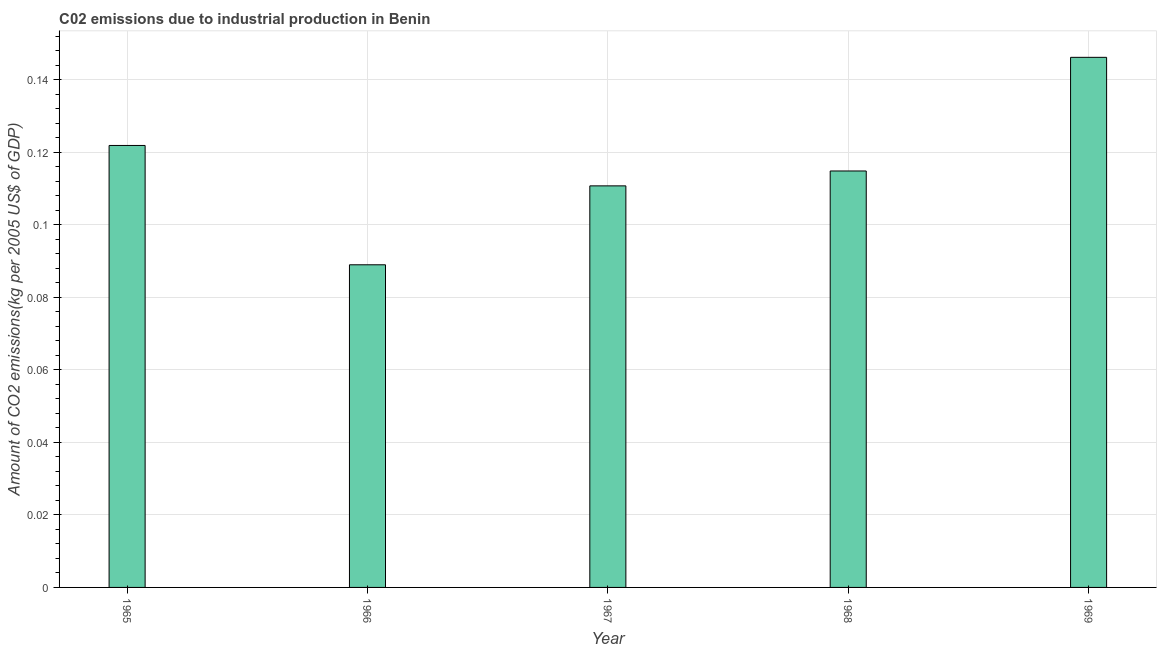
| Year | CO2 emissions  |
 | --- | --- |
 | 1965 | 0.122 |
 | 1966 | 0.089 |
 | 1967 | 0.111 |
 | 1968 | 0.115 |
 | 1969 | 0.146 |